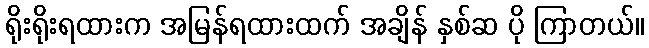
ရိုးရိုးရထားက အမြန်ရထားထက် အချိန် နှစ်ဆ ပို ကြာတယ်။